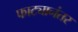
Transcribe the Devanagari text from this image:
फाट्यानंतर